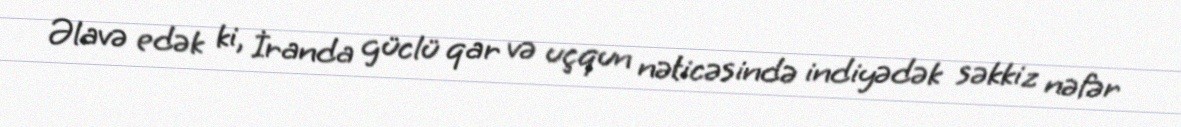
Əlavə edək ki, İranda güclü qar və uçqun nəticəsində indiyədək səkkiz nəfər